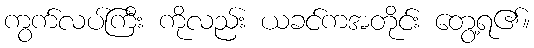
ကွက်လပ်ကြီး ကိုလည်း ယခင်ကအတိုင်း တွေ့ရ၏။